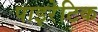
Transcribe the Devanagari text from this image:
पाइरेटिक